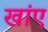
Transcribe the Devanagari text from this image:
खांए